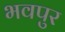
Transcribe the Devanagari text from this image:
भवपुर